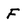
Character: F